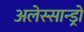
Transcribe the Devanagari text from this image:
अलेस्सान्ड्रो